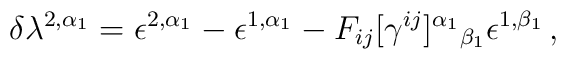
\delta\lambda^{2,\alpha_{1}} = \epsilon^{2,\alpha_{1}} - \epsilon^{1,\alpha_{1}} - F_{ij}[\gamma^{ij}]^{\alpha_{1}}{}_{\beta_{1}}\epsilon^{1,\beta_{1}}\, ,